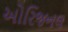
ઓરિજનલ